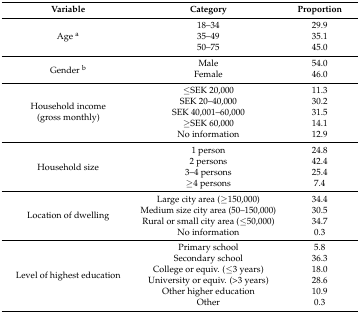
<table><thead><tr><td><b>Variable</b></td><td><b>Category</b></td><td><b>Proportion</b></td></tr></thead><tbody><tr><td rowspan="3">Age <sup>a</sup></td><td>18–34</td><td>29.9</td></tr><tr><td>35–49</td><td>35.1</td></tr><tr><td>50–75</td><td>45.0</td></tr><tr><td rowspan="2">Gender <sup>b</sup></td><td>Male</td><td>54.0</td></tr><tr><td>Female</td><td>46.0</td></tr><tr><td rowspan="5">Household income(gross monthly)</td><td>≤SEK 20,000</td><td>11.3</td></tr><tr><td>SEK 20–40,000</td><td>30.2</td></tr><tr><td>SEK 40,001–60,000</td><td>31.5</td></tr><tr><td>≥SEK 60,000</td><td>14.1</td></tr><tr><td>No information</td><td>12.9</td></tr><tr><td rowspan="4">Household size</td><td>1 person</td><td>24.8</td></tr><tr><td>2 persons</td><td>42.4</td></tr><tr><td>3–4 persons</td><td>25.4</td></tr><tr><td>≥4 persons</td><td>7.4</td></tr><tr><td rowspan="4">Location of dwelling</td><td>Large city area (≥150,000)</td><td>34.4</td></tr><tr><td>Medium size city area (50–150,000)</td><td>30.5</td></tr><tr><td>Rural or small city area (≤50,000)</td><td>34.7</td></tr><tr><td>No information</td><td>0.3</td></tr><tr><td rowspan="6">Level of highest education</td><td>Primary school</td><td>5.8</td></tr><tr><td>Secondary school</td><td>36.3</td></tr><tr><td>College or equiv. (≤3 years)</td><td>18.0</td></tr><tr><td>University or equiv. (&gt;3 years)</td><td>28.6</td></tr><tr><td>Other higher education</td><td>10.9</td></tr><tr><td>Other</td><td>0.3</td></tr></tbody></table>